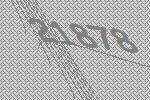
21878